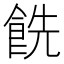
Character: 𩛔